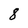
Character: 8